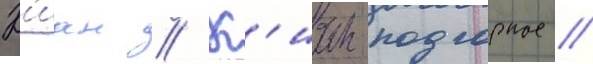
К'иан // К'иан-подгорное //